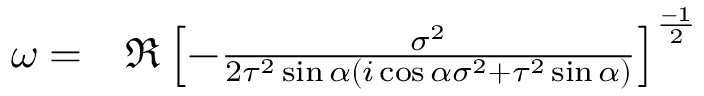
\begin{array} { r l } { \omega = } & { { } \Re \left[ - \frac { \sigma ^ { 2 } } { 2 \tau ^ { 2 } \sin { \alpha } ( i \cos \alpha \sigma ^ { 2 } + \tau ^ { 2 } \sin { \alpha } ) } \right] ^ { \frac { - 1 } { 2 } } } \end{array}